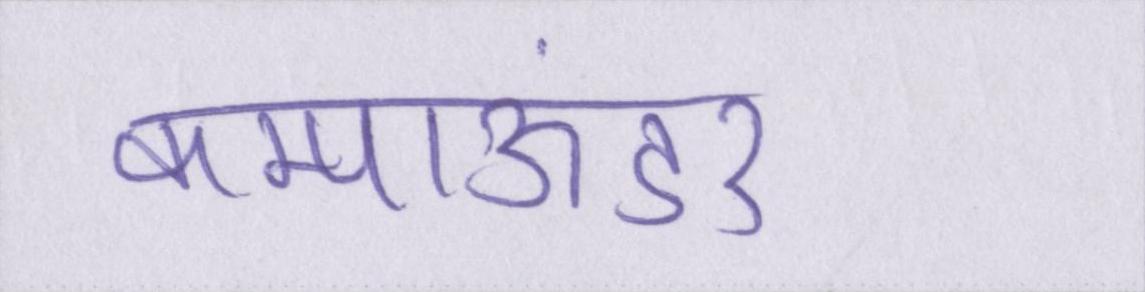
कम्पाऊंडर